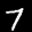
Label: 7